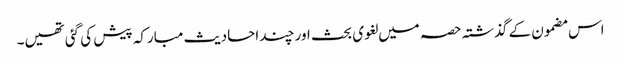
اس مضمون کے گذشتہ حصہ میں لغوی بحث اور چند احادیث مبارکہ پیش کی گئی تھیں۔